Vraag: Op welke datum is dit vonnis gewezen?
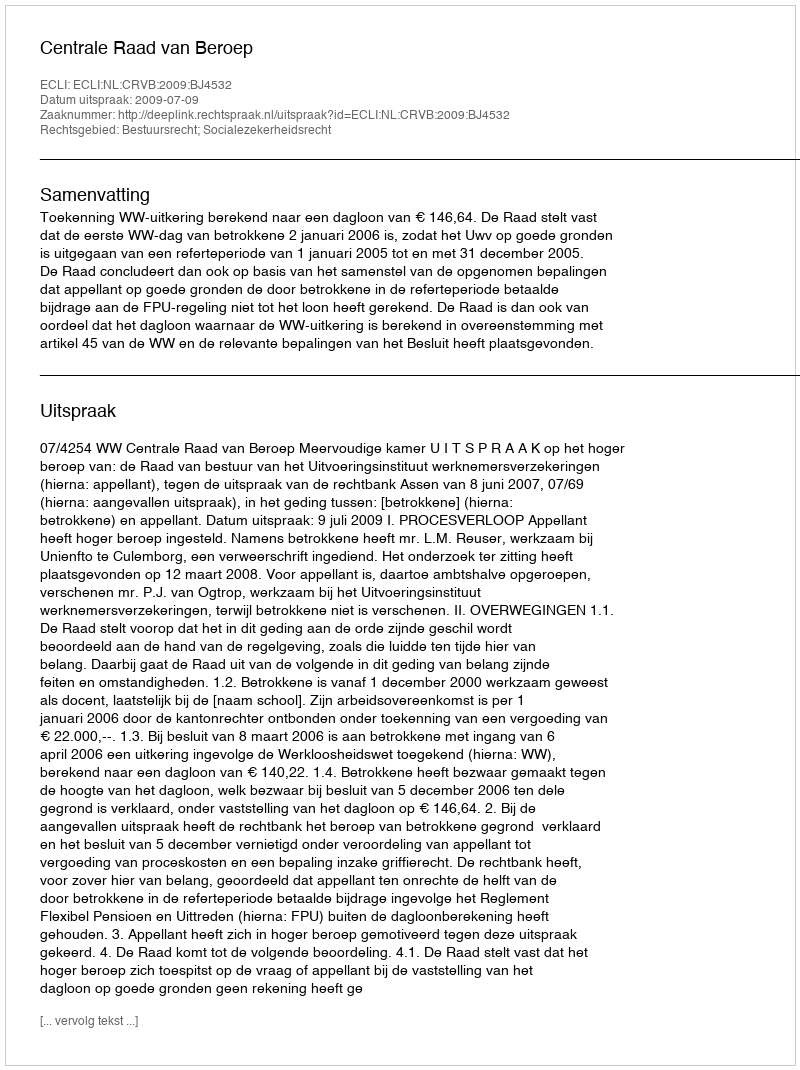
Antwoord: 2009-07-09